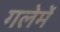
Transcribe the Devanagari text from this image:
गलेमें